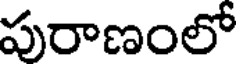
పురాణంలో